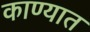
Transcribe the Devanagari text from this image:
काण्यात